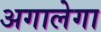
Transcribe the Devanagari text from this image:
अगालेगा